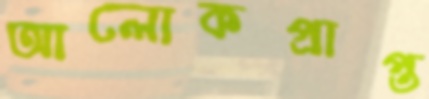
আলোকপ্রাপ্ত